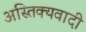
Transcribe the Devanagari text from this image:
अस्तिक्यवादी